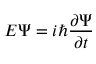
E \Psi = i \hbar { \frac { \partial \Psi } { \partial t } } \,